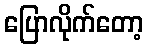
ပြောလိုက်တော့